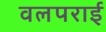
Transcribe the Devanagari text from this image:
वलपराई